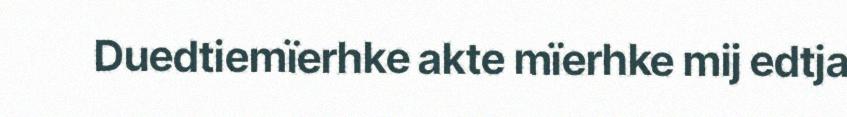
Duedtiemïerhke akte mïerhke mij edtja